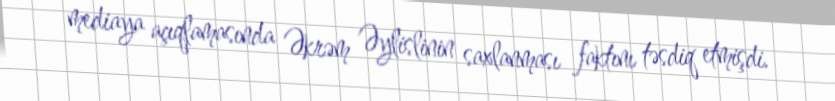
mediaya açıqlamasında Əkrəm Əylislinin saxlanması faktını təsdiq etmişdi.